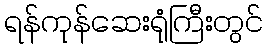
ရန်ကုန်ဆေးရုံကြီးတွင်